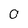
Character: 0